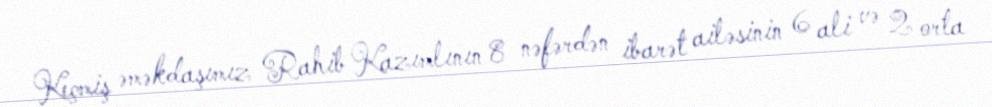
Keçmiş əməkdaşımız Rahib Kazımlının 8 nəfərdən ibarət ailəsinin 6 ali və 2 orta